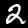
Digit: 2